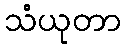
သံယုတာ